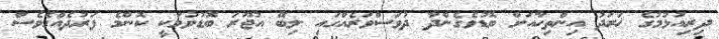
ދިރިއުޅުމުގެ ޚަރަދު އިންތިހާއަށް ބޮޑުވެގެންދާ ދުވަސްވަރެއްގައި ލިބޭ އުޖޫރަ ބޮޑުވުމަކީ ކޮންމެ ފަރުދެއްގެވެސް